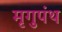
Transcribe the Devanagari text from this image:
मृगुपंथ